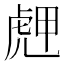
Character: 䖖